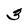
Character: 3